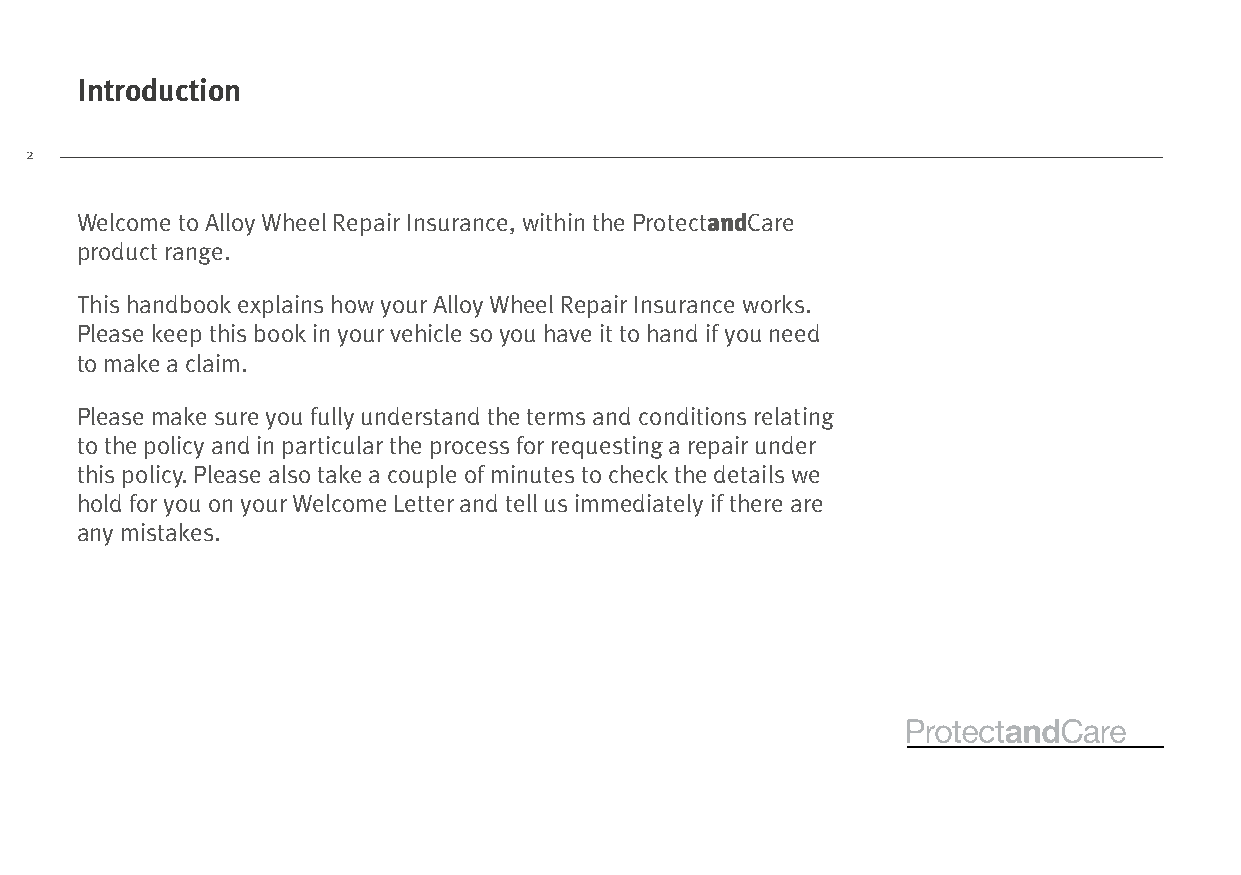
Introduction
 2
 Welcome to Alloy Wheel Repair Insurance, within the ProtectandCare
 product range.
 This handbook explains how your Alloy Wheel Repair Insurance works.
 Please keep this book in your vehicle so you have it to hand if you need
 to make a claim.
 Please make sure you fully understand the terms and conditions relating
 to the policy and in particular the process for requesting a repair under
 this policy. Please also take a couple of minutes to check the details we
 hold for you on your Welcome Letter and tell us immediately if there are
 any mistakes.